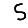
Digit: 5